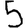
Digit: 5